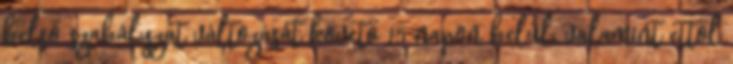
belső szabályzat változását követő 15 napon belül, valamint ettől